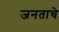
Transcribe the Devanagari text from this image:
जनताचे